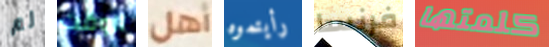
لم الوقت أهل رأيتموه فرنسا كلمتها